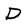
Character: D